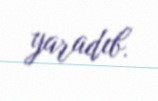
yaradıb.